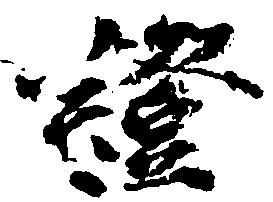
証